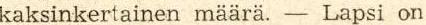
kaksinkertainen määrä. − Lapsi on